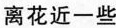
离花近一些